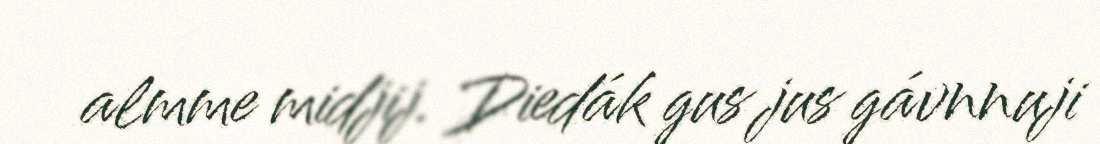
almme midjij. Diedák gus jus gávnnuji